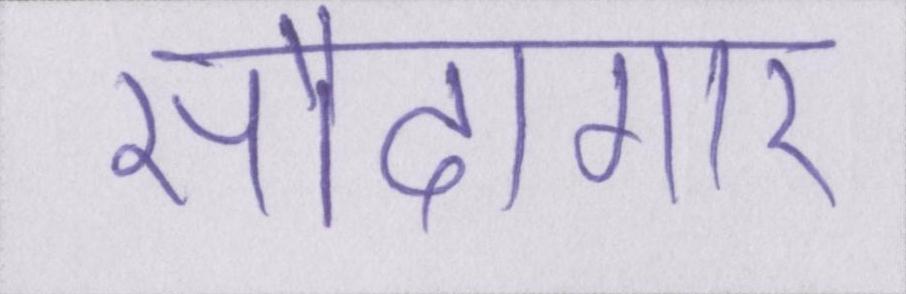
सौदागार